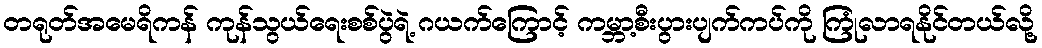
တရုတ်အမေရိကန် ကုန်သွယ်ရေးစစ်ပွဲရဲ့ ဂယက်ကြောင့် ကမ္ဘာ့စီးပွားပျက်ကပ်ကို ကြုံလာရနိုင်တယ်လို့